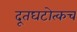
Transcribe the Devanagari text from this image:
दूतघटोत्कच